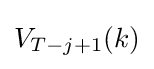
V_{T-j+1}(k)